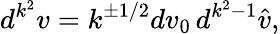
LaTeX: d^{k^{2}}v=k^{\pm 1/2}dv_{0}\, d^{k^{2}-1}\hat{v},